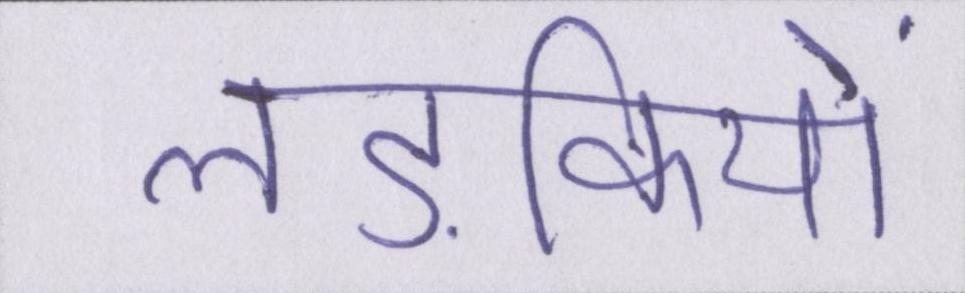
लड़कियों